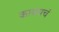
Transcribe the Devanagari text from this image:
कायमचं